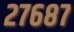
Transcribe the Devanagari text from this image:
२७६८७